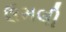
ઉમલી